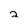
Character: 2